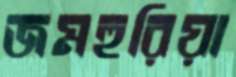
জমহুরিয়া